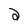
Character: 2